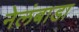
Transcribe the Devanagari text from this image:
नेलंबाडा